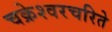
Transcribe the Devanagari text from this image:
चक्रेश्वरचरिते